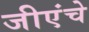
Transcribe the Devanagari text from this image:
जीएंचे